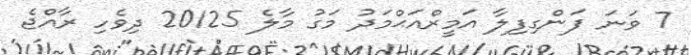
7 ވަނަ ފަންގިފިލާ އަމީރްއަޙްމަދު މަގު މާލެ 20125 ދިވެހި ރާއްޖެ